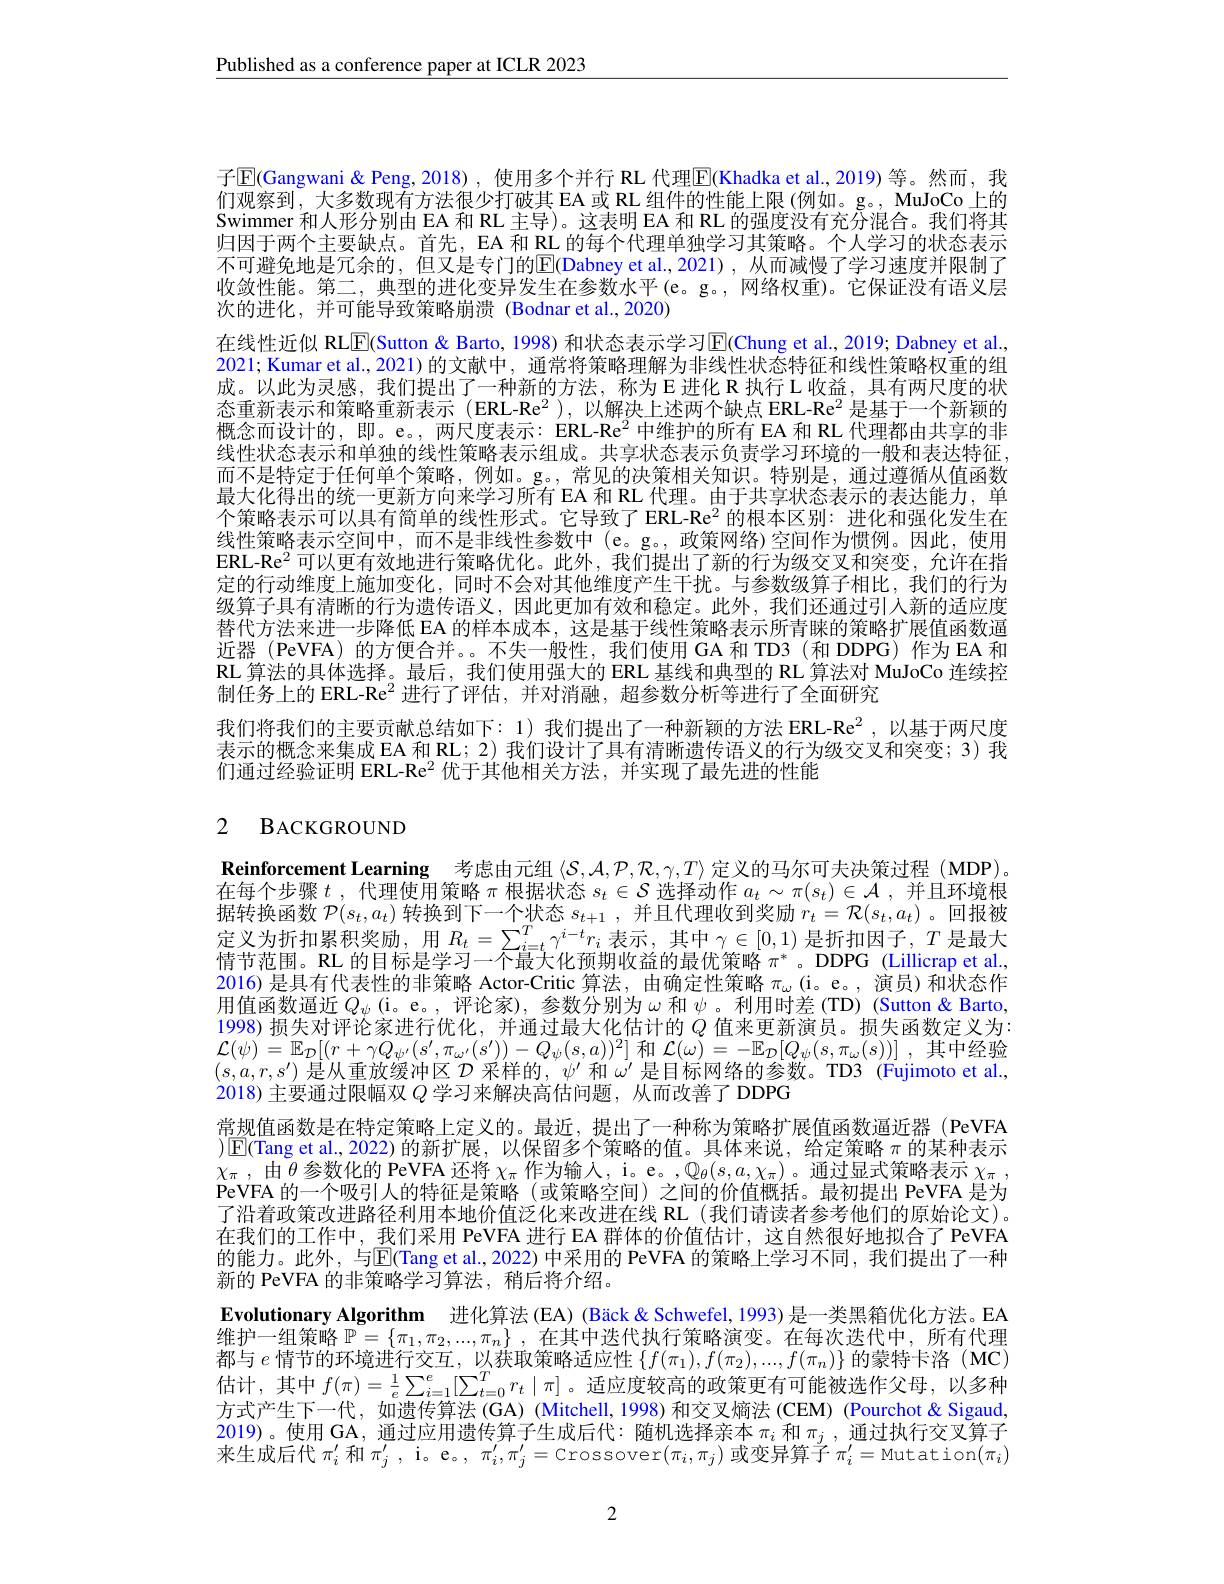
Published as a conference paper at ICLR 2023

子$\overline{\mathrm{E}}($Gangwani &Peng,2018),使用多个并行 RL 代理$\overline{\mathrm{E}}$(Khadka et al.,2019)等。然而，我们观察到，大多数现有方法很少打破其 EA 或 RL 组件的性能上限 (例如。g。, MuJoCo 上的Swimmer 和人形分别由 EA 和 RL 主导)。这表明 EA 和 RL 的强度没有充分混合。我们将其归因于两个主要缺点。首先，EA 和 RL 的每个代理单独学习其策略。个人学习的状态表示不可避免地是冗余的，但又是专门的$\overline{\mathrm{E}}($Dabney et al.,2021),从而减慢了学习速度并限制了收敛性能。第二，典型的进化变异发生在参数水平(e。g。, 网络权重)。它保证没有语义层次的进化，并可能导致策略崩溃 (Bodnar et al.,2020)
在线性近似 RLE(Sutton & Barto, 1998) 和状态表示学习$\overline{\mathrm{E}}($Chung et al., 2019; Dabney et al. 2021; Kumar et al., 2021) 的文献中，通常将策略理解为非线性状态特征和线性策略权重的组成。以此为灵感，我们提出了一种新的方法，称为E进化R执行L收益，具有两尺度的状态重新表示和策略重新表示 (ERL-Re$^{2}$ ),以解决上述两个缺点 ERL-Re$^{2}$是基于一个新颖的概念而设计的，即。e。,两尺度表示：ERL-Re$^{2}$中维护的所有 EA 和 RL 代理都由共享的非线性状态表示和单独的线性策略表示组成。共享状态表示负责学习环境的一般和表达特征， 而不是特定于任何单个策略，例如。g。,常见的决策相关知识。特别是，通过遵循从值函数最大化得出的统一更新方向来学习所有 EA 和 RL 代理。由于共享状态表示的表达能力，单个策略表示可以具有简单的线性形式。它导致了 ERL-Re$^{2}$的根本区别：进化和强化发生在线性策略表示空间中，而不是非线性参数中(e。g。,政策网络)空间作为惯例。因此，使用ERL-Re$^{2}$可以更有效地进行策略优化。此外，我们提出了新的行为级交叉和突变，允许在指定的行动维度上施加变化，同时不会对其他维度产生干扰。与参数级算子相比，我们的行为级算子具有清晰的行为遗传语义，因此更加有效和稳定。此外，我们还通过引人新的适应度替代方法来进一步降低 EA 的样本成本，这是基于线性策略表示所青睐的策略扩展值函数逼近器 (PeVFA)的方便合并。。不失一般性，我们使用 GA 和 TD3 (和 DDPG) 作为 EA 和RL 算法的具体选择。最后，我们使用强大的 ERL 基线和典型的 RL 算法对 MuJoCo 连续控制任务上的 ERL-Re$^{2}$进行了评估，并对消融，超参数分析等进行了全面研究
我们将我们的主要贡献总结如下：1) 我们提出了一种新颖的方法 ERL-Re$^{2}$ ,以基于两尺度表示的概念来集成 EA 和 RL; 2) 我们设计了具有清晰遗传语义的行为级交叉和突变；3) 我们通过经验证明 ERL-Re$^{2}$优于其他相关方法，并实现了最先进的性能

# 2 BACKGROUND

Reinforcement Learning 考虑由元组$\langle\mathcal{S},\mathcal{A},\mathcal{P},\mathcal{R},\gamma,T\rangle$定义的马尔可夫决策过程 (MDP)。在每个步骤$t$ ,代理使用策略$\pi$根据状态$s_t\in\mathcal{S}$选择动作$a_t\sim\pi(s_t)\in\mathcal{A}$ ,并且环境根据转换函数$\mathcal{P}(s_t,a_t)$转换到下一个状态$s_t+1$,并且代理收到奖励$r_t=\mathcal{R}(s_t,a_t)$ 。回报被定义为折扣累积奖励，用$R_t=\sum_{i=t}^T\gamma^{i-t}r_i$表示，其中$\gamma\in[0,1)$是折扣因子，$T$是最大情节范围。RL 的目标是学习一个最大化预期收益的最优策略$\pi^*$。DDPG (Lillicrap et al. 2016) 是具有代表性的非策略 Actor-Critic 算法，由确定性策略$\pi_\omega\left(\mathrm{i}\mathrm{~e}\mathrm{。,}\text{演员)和状态作}\right)$ 用值函数逼近$Q_\psi$(i。e。,评论家),参数分别为$\omega$ 和$\psi$。利用时差(TD)(Sutton&Barto, 1998) 损失对评论家进行优化，并通过最大化估计的$Q$值来更新演员。损失函数定义为： $\mathcal{L}(\psi)=\mathbb{E}_{\mathcal{D}}[(r+\gamma Q_{\psi^{\prime}}(s^{\prime},\pi_{\omega^{\prime}}(s^{\prime}))-Q_\psi(s,a))^2]$和$\mathcal{L} ( \omega ) = - \mathbb{E} _{\mathcal{D} }[ Q_\psi ( s, \pi _\omega ( s) ) ]$ ,其中经验$(s,a,r,s^{\prime})$是从重放缓冲区$\mathcal{D}$采样的，$\psi^\prime$和$\omega^\prime$是目标网络的参数。TD3 (Fujimoto et al., 2018) 主要通过限幅双$Q$学习来解决高估问题，从而改善了 DDPG
常规值函数是在特定策略上定义的。最近，提出了一种称为策略扩展值函数逼近器(PeVFA $)\boxed{\mathrm{F}}($Tang et al.,2022)的新扩展，以保留多个策略的值。具体来说，给定策略$\pi$的某种表示$\chi_\pi$,由$\theta$参数化的 PeVFA 还将$\chi_\pi$作为输入，i。e。$,\mathbb{Q}_\theta(s,a,\chi_\pi)$。通过显式策略表示$\chi_\pi$, PeVFA 的一个吸引人的特征是策略(或策略空间)之间的价值概括。最初提出 PeVFA 是为了沿着政策改进路径利用本地价值泛化来改进在线 RL (我们请读者参考他们的原始论文)。在我们的工作中，我们采用 PeVFA 进行 EA 群体的价值估计，这自然很好地拟合了 PeVFA 的能力。此外，与$\boxed{\mathrm{E}}($Tang et al., 2022) 中采用的 PeVFA 的策略上学习不同，我们提出了一种新的 PeVFA 的非策略学习算法，稍后将介绍。
Evolutionary Algorithm 进化算法(EA)(Bäck&Schwefel,1993)是一类黑箱优化方法。EA 维护一组策略$\mathbb{P}=\left\{\pi_1,\pi_2,...,\pi_n\right\}$,在其中迭代执行策略演变。在每次迭代中，所有代理都与$e$情节的环境进行交互，以获取策略适应性$\{f(\pi_1),f(\pi_2),...,f(\pi_n)\}$的蒙特卡洛 (MC) 估计，其中$f(\pi)=\frac1e\sum_{i=1}^e[\sum_{t=0}^Tr_t\mid\pi]$。适应度较高的政策更有可能被选作父母，以多种方式产生下一代，如遗传算法(GA) (Mitchell,1998)和交叉熵法 (CEM) (Pourchot&Sigaud, 2019)。使用 GA, 通过应用遗传算子生成后代：随机选择亲本$\pi_i$和$\pi_j$,通过执行交叉算子来生成后代$\pi_i^\prime$和$\pi_j^{\prime}$, i。e。, $\pi_i^\prime,\pi_j^{\prime}=$Crossover$(\pi_i,\pi_j)$或变异算子$\pi_i^\prime=$Mutation$(\pi_i)$

2